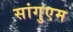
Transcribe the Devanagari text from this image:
सांगुएम